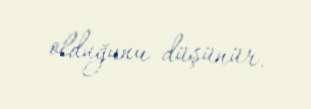
olduğunu düşünür.